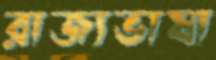
রাজ্যভাষা